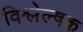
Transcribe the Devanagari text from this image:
विश्लेल्षक